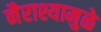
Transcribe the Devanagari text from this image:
नैराश्यामुळे